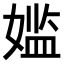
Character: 𫱕